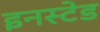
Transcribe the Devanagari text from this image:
इनस्टेड